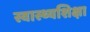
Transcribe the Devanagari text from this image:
स्वास्थ्यशिक्षा